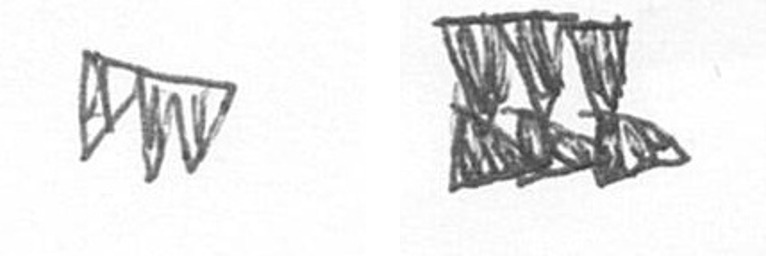
L D